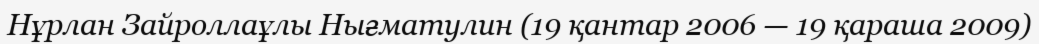
Нұрлан Зайроллаұлы Нығматулин (19 қантар 2006 — 19 қараша 2009)